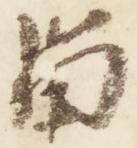
留